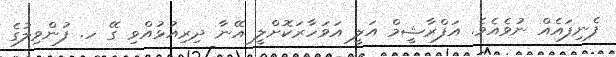
ފެނިފައެއް ނުވެއެވެ. އަފްރާޝީމް އަލީ އަވަހާރަކޮށްލީ އޭނާ ދިރިއުޅުއްވި ގޭ ހ. ފުންވިލުގެ